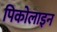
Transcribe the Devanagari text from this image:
पिकोलाइन